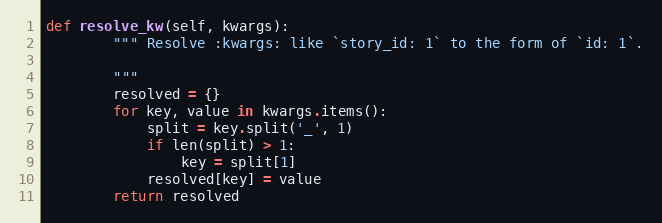
Language: Python
def resolve_kw(self, kwargs):
        """ Resolve :kwargs: like `story_id: 1` to the form of `id: 1`.

        """
        resolved = {}
        for key, value in kwargs.items():
            split = key.split('_', 1)
            if len(split) > 1:
                key = split[1]
            resolved[key] = value
        return resolved